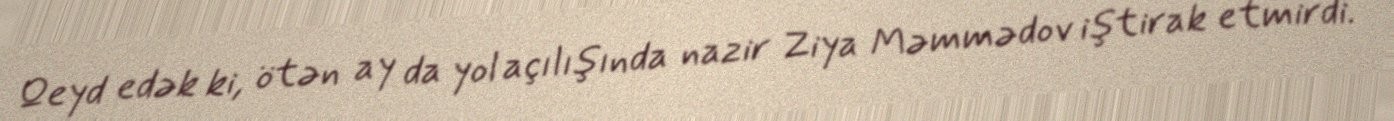
Qeyd edək ki, ötən ay da yol açılışında nazir Ziya Məmmədov iştirak etmirdi.